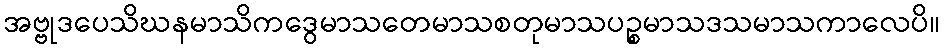
အဗ္ဗုဒပေသိဃနမာသိကဒွေမာသတေမာသစတုမာသပဉ္စမာသဒသမာသကာလေပိ။